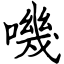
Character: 嘰